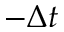
- \Delta t